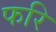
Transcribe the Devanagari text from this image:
फरि